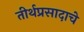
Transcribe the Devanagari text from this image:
तीर्थप्रसादाचे